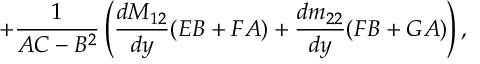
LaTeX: + \frac { 1 } { { \cal A C } - { \cal B } ^ { 2 } } \left( \frac { d M _ { 1 2 } } { d y } ( { \cal E B } + { \cal F A } ) + \frac { d m _ { 2 2 } } { d y } ( { \cal F B } + { \cal G A } ) \right) ,